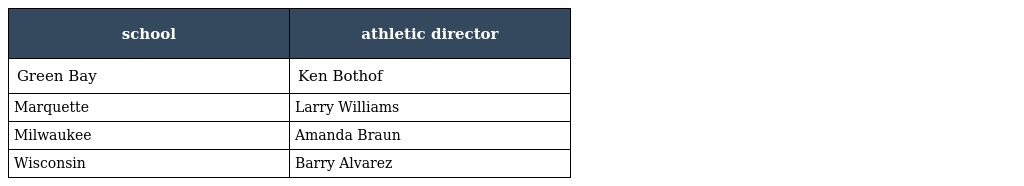
| school | athletic director |
 | --- | --- |
 | Green Bay | Ken Bothof |
 | Marquette | Larry Williams |
 | Milwaukee | Amanda Braun |
 | Wisconsin | Barry Alvarez |